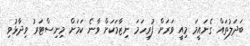
ބަދަލުތައް ގެނައީމަ މިއީ ވަރަށް ފުރިހަމަ ނިޒާމަކަށް ވާނެ ކަމަށް މިނިސްޓަރު ވިދާޅުވި